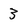
Character: 3